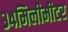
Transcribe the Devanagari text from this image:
३४मिलीमीटर